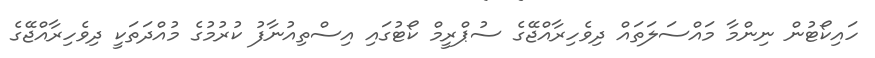
ހައިކޯޓުން ނިންމާ މައްސަލަތައް ދިވެހިރާއްޖޭގެ ސުޕްރީމް ކޯޓުގައި އިސްތިއުނާފު ކުރުމުގެ މުއްދަތަކީ ދިވެހިރާއްޖޭގެ